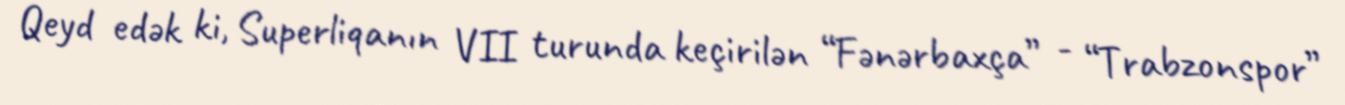
Qeyd edək ki, Superliqanın VII turunda keçirilən “Fənərbaxça” - “Trabzonspor”